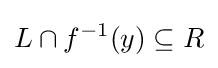
L\cap f^{-1}(y)\subseteq R